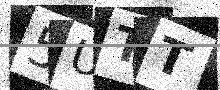
Text: 5UTT